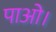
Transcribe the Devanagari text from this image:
पाओ।